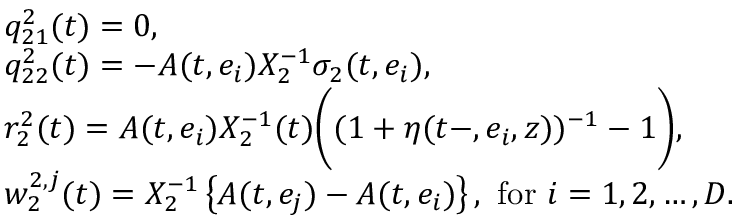
\begin{array} { r l } & { q _ { 2 1 } ^ { 2 } ( t ) = 0 , } \\ & { q _ { 2 2 } ^ { 2 } ( t ) = - A ( t , e _ { i } ) X _ { 2 } ^ { - 1 } \sigma _ { 2 } ( t , e _ { i } ) , } \\ & { r _ { 2 } ^ { 2 } ( t ) = A ( t , e _ { i } ) X _ { 2 } ^ { - 1 } ( t ) \biggl ( ( 1 + \eta ( t - , e _ { i } , z ) ) ^ { - 1 } - 1 \biggr ) , } \\ & { w _ { 2 } ^ { 2 , j } ( t ) = X _ { 2 } ^ { - 1 } \left\{ A ( t , e _ { j } ) - A ( t , e _ { i } ) \right\} , \ \mathrm { f o r } \ i = 1 , 2 , \ldots , D . } \end{array}